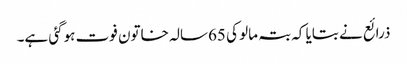
ذرائع نے بتایا کہ بتہ مالو کی 65سالہ خاتون فوت ہوگئی ہے۔